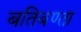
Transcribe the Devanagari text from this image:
बतिबण्ता